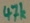
Text: 47k